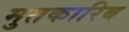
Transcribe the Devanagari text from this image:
मुतकारिब